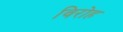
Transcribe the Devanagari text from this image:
विरोह